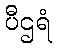
ပီဌရံ